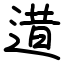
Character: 逪